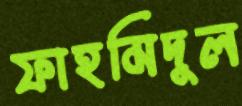
ফাহমিদুল